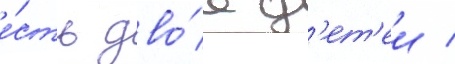
е́сть дво́е д'ет'еи /